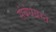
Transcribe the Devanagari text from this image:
संबंधग्रस्त